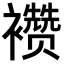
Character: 𬡷